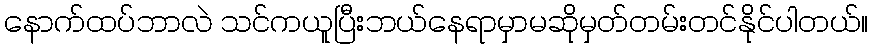
နောက်ထပ်ဘာလဲ သင်ကယူပြီးဘယ်နေရာမှာမဆိုမှတ်တမ်းတင်နိုင်ပါတယ်။